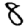
Digit: 8